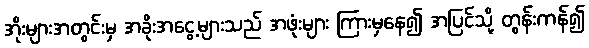
အိုးများအတွင်းမှ အခိုးအငွေ့များသည် အဖုံးများ ကြားမှနေ၍ အပြင်သို့ တွန်းကန်၍